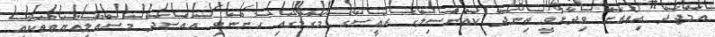
އަމްޖަދު އިތުރަށް ވިދާޅުވީ ތިނަދޫ ކައުންސިލްގެ ރައީސްގެ މަގާމުގައި ހުންނެވި އައްސަދު މަސްއޫލިއްޔަތުތަކާއި